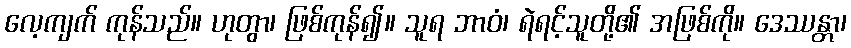
လေ့ကျက် ကုန်သည်။ ဟုတွာ၊ ဖြစ်ကုန်၍။ သူရ ဘာဝံ၊ ရဲရင့်သူတို့၏ အဖြစ်ကို။ ဒေဿန္တာ၊